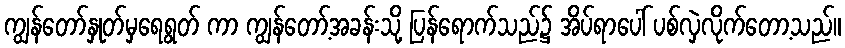
ကျွန်တော်နှုတ်မှရေရွတ် ကာ ကျွန်တော့်အခန်းသို့ ပြန်ရောက်သည်၌ အိပ်ရာပေါ် ပစ်လှဲလိုက်တော့သည်။